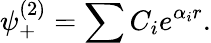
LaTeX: \psi_{+}^{(2)}=\sum C_{i}e^{\alpha_{i}r}.